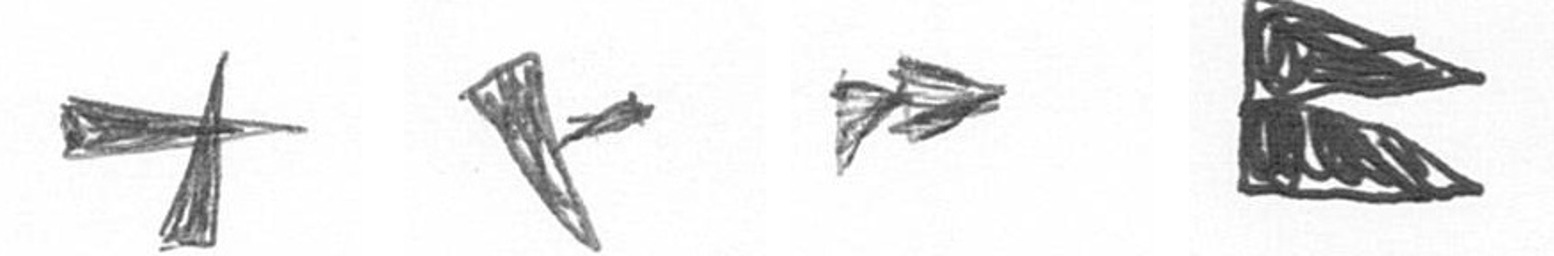
G F A P